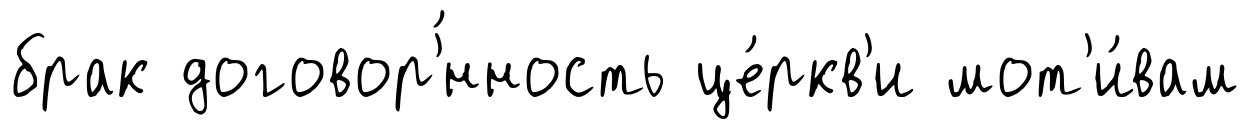
брак договор'́нность це́ркв'и мот'и́вам